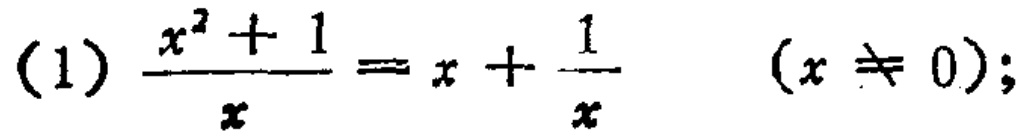
\((1)\frac{x^{2}+1}{x}=x+\frac{1}{x}\quad(x\neq0);\)